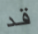
قد